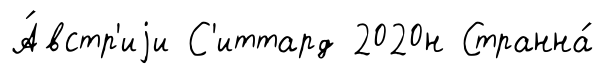
А́встр'иjи С'иттард 2020н Странна́